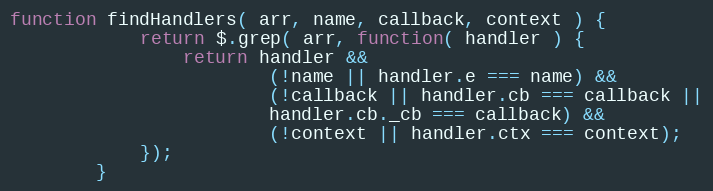
Language: JavaScript
function findHandlers( arr, name, callback, context ) {
            return $.grep( arr, function( handler ) {
                return handler &&
                        (!name || handler.e === name) &&
                        (!callback || handler.cb === callback ||
                        handler.cb._cb === callback) &&
                        (!context || handler.ctx === context);
            });
        }